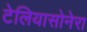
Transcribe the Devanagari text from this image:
टेलियासोनेरा